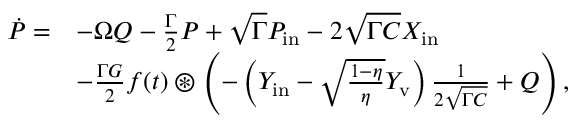
\begin{array} { r l } { \dot { P } = } & { - \Omega Q - \frac { \Gamma } { 2 } P + \sqrt { \Gamma } P _ { \mathrm { i n } } - 2 \sqrt { \Gamma C } X _ { \mathrm { i n } } } \\ & { - \frac { \Gamma G } { 2 } f ( t ) \circledast \left( - \left( Y _ { \mathrm { i n } } - \sqrt { \frac { 1 - \eta } { \eta } } Y _ { \mathrm { v } } \right) \frac { 1 } { 2 \sqrt { \Gamma C } } + Q \right) , } \end{array}